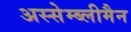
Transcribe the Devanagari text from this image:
अस्सेम्ब्लीमैन